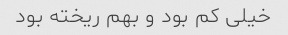
خیلی کم بود و بهم ریخته بود